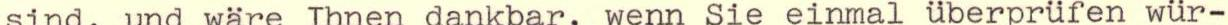
sind, und wäre Ihnen dankbar, wenn Sie einmal überprüfen wür-